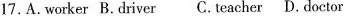
17. A. worker B. driver C.teacher D. doctor